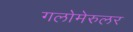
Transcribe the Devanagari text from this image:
गलोमेरुलर